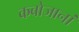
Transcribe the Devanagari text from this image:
कबोजानां